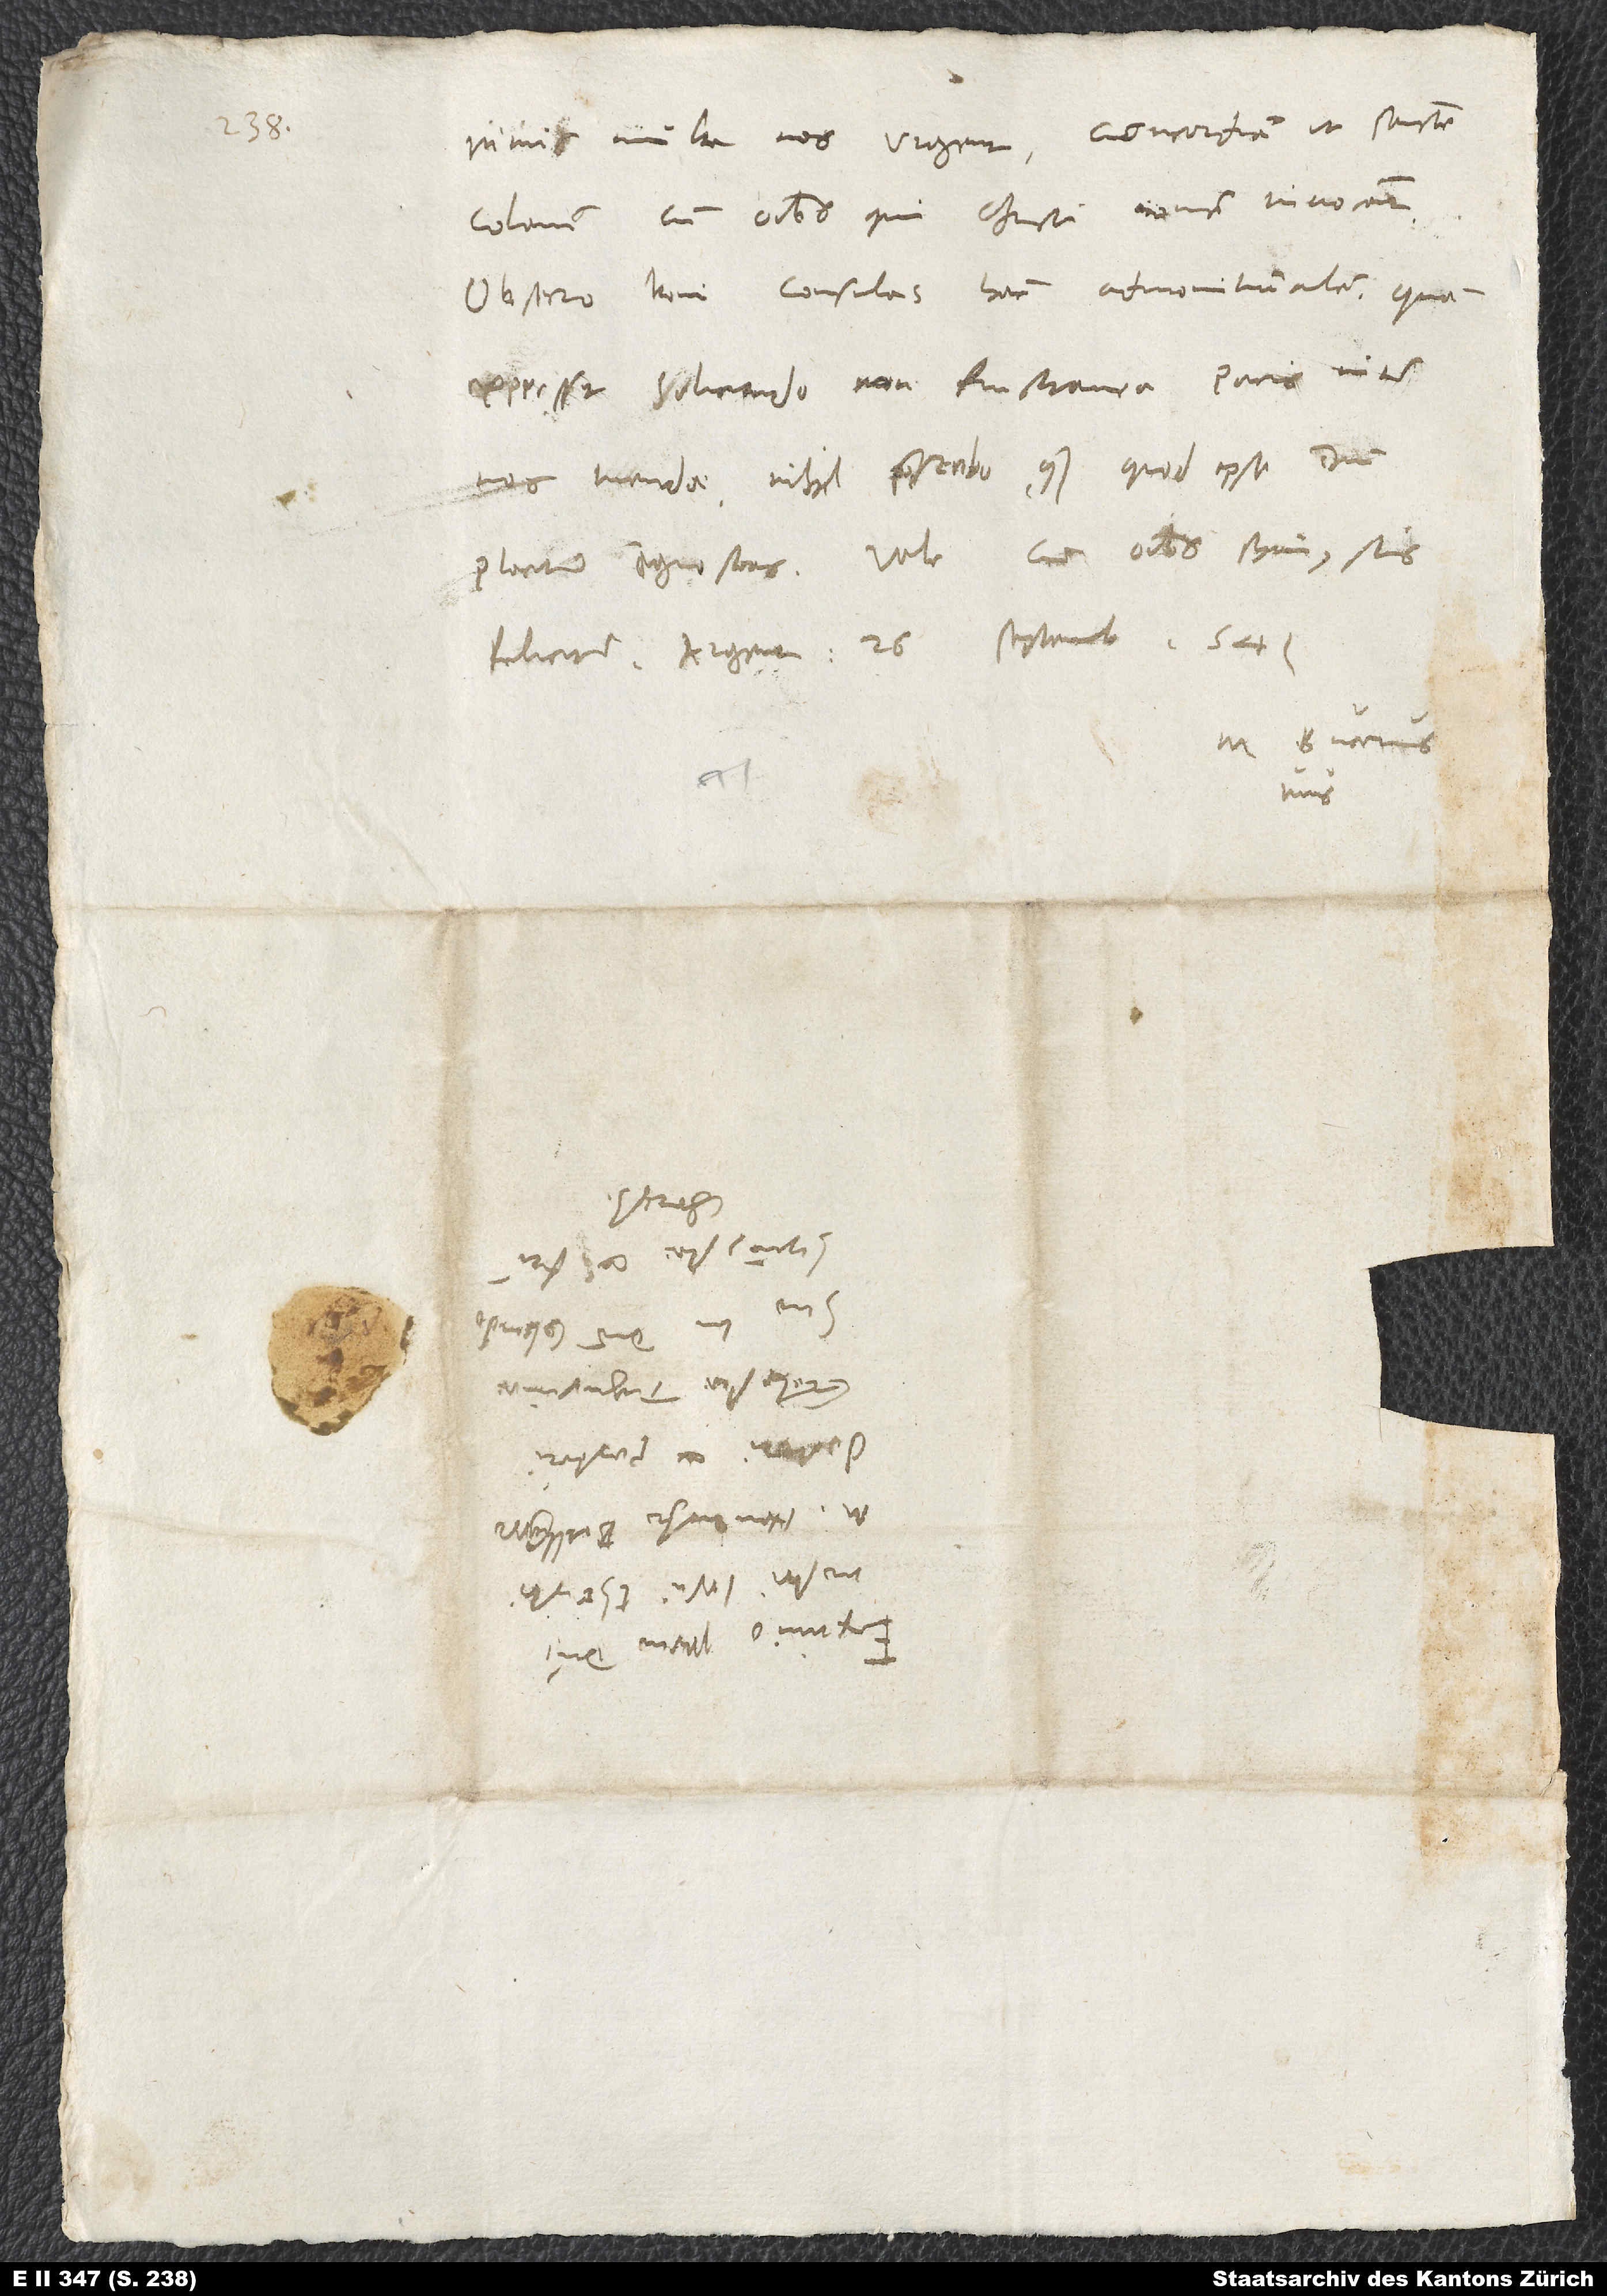
nimis multa nos urgent, concordiam ut sancte
colamus cum omnibus, qui Christi nomen invocant.
Obsecro boni consulas hanc admonitiunculam, quam
expressit solicitudo non frustanea pacis inter
nos tuendae. Nihil praescribo, quam quod ipse domino
tuus.